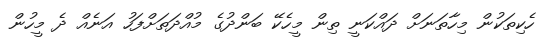
ހެކިތަކުން މިހާތަނަށް ދައްކަނީ ތިން މީހެކޭ ބަންދުގެ މުއްދަތަށްފަހު އަނެއް ދެ މީހުން